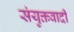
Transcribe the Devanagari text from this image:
संयुक्तवादी